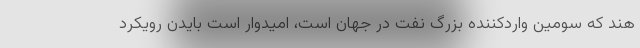
هند که سومین واردکننده بزرگ نفت در جهان است، امیدوار است بایدن رویکرد